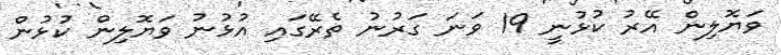
ވަޔޮލިން އޭރު ކުޅުނީ 19 ވަނަ ގަރުނު ތެރޭގައި އުޅުނު ވަޔޮލިން ކުޅުން